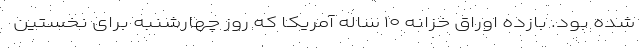
شده بود. بازده اوراق خزانه ۱۰ ساله آمریکا که روز چهارشنبه برای نخستین